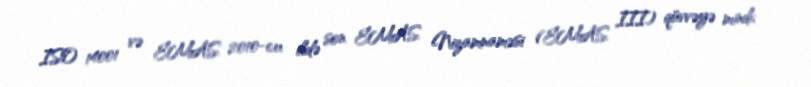
ISO 14001 və EMAS 2010-cu ildə son EMAS Nizamnaməsi (EMAS III) qüvvəyə mindi;